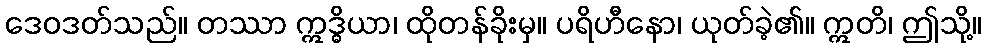
ဒေဝဒတ်သည်။ တဿာ ဣဒ္ဓိယာ၊ ထိုတန်ခိုးမှ။ ပရိဟီနော၊ ယုတ်ခဲ့၏။ ဣတိ၊ ဤသို့။